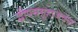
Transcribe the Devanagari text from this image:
द्वीपसमूहाजवळ